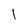
Character: l